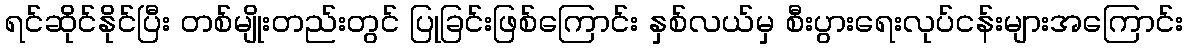
ရင်ဆိုင်နိုင်ပြီး တစ်မျိုးတည်းတွင် ပြုခြင်းဖြစ်ကြောင်း နှစ်လယ်မှ စီးပွားရေးလုပ်ငန်းများအကြောင်း